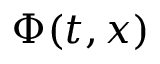
\Phi ( t , x )